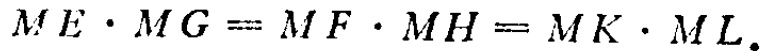
\(ME\cdot MG = MF\cdot MH = MK\cdot ML\)